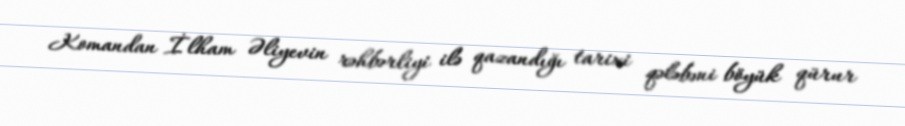
Komandan İlham Əliyevin rəhbərliyi ilə qazandığı tarixi qələbəni böyük qürur